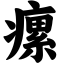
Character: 瘰